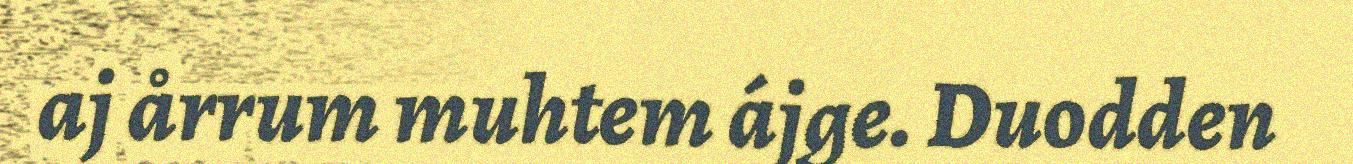
aj årrum muhtem ájge. Duodden